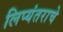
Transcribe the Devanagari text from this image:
लिप्यंतराचे